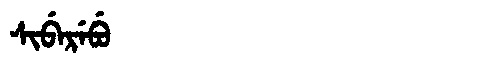
Manchu: ᠰᡳᠪᡝᡵᡝᠪᡠ
Romanization: SIBEREBU